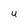
Character: U